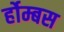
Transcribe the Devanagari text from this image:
र्होम्बस